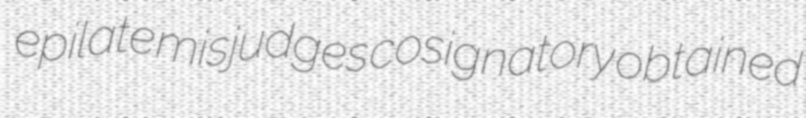
epilate misjudges cosignatory obtained